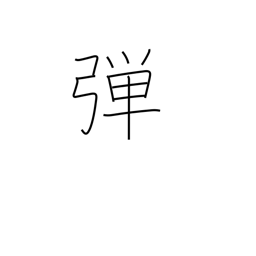
Meaning: twang